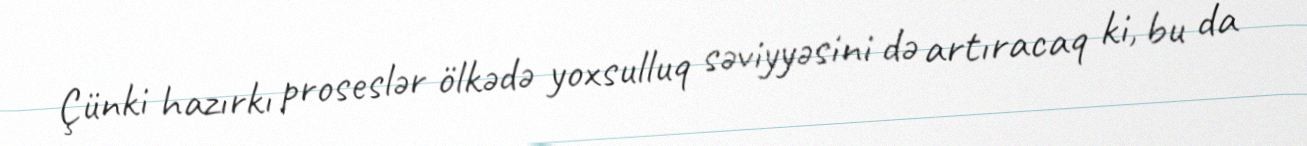
Çünki hazırkı proseslər ölkədə yoxsulluq səviyyəsini də artıracaq ki, bu da